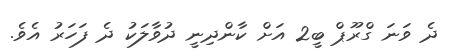
ދެ ވަނަ ގްރޫޕް ބީ2 އަށް ކާންދިނީ ދުވާލަކު ދެ ފަހަރު އެވެ.